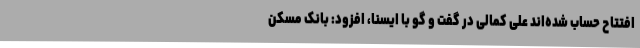
افتتاح حساب شده‌اند علی کمالی در گفت و گو با ایسنا، افزود: بانک مسکن